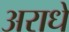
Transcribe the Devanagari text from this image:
अराधे